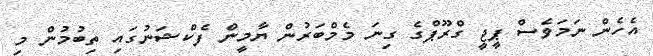
އެހެން ނަމަވެސް ޕީޖީ ގްރޫޕްގެ ގިނަ މެމްބަރުން ޔާމީން ފެކްޝަނުގައި ތިބުމުން މި